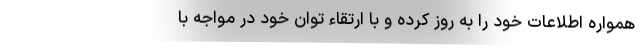
همواره اطلاعات خود را به روز کرده و با ارتقاء توان خود در مواجه با